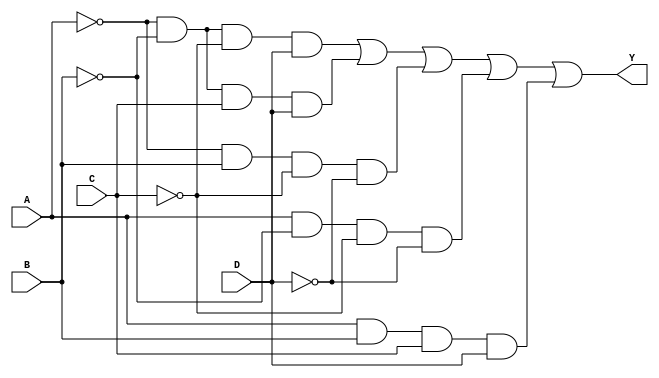
module kmap_4var (
    input wire A,  // Input A
    input wire B,  // Input B
    input wire C,  // Input C
    input wire D,  // Input D
    output wire Y  // Output Y
);

// Internal signals for the product terms
wire A_not = ~A;
wire B_not = ~B;
wire C_not = ~C;
wire D_not = ~D;

// Define the product terms based on the K-map simplification
wire term1 = A_not & B_not & C_not & D;  // A'B'C'D
wire term2 = A_not & B_not & C & D;      // A'B'CD
wire term3 = A_not & B & C_not & D_not;  // A'BC'D'
wire term4 = A & B_not & C_not & D_not;  // AB'C'D'
wire term5 = A & B & C & D;              // ABCD

// Final output Y is the OR of all product terms
assign Y = term1 | term2 | term3 | term4 | term5;

endmodule